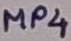
Text: MP4